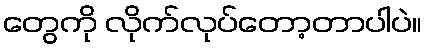
တွေကို လိုက်လုပ်တော့တာပါပဲ။